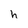
Character: h